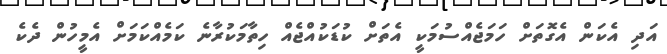
އަދި އެކަން އެގޮތަށް ހަމަޖެއްސުމަކީ އެތަށް ކުޑަކުއްޖެއް ހިތާމަކުރާނެ ކަމެއްކަމަށް އެމީހުން ދެކެ